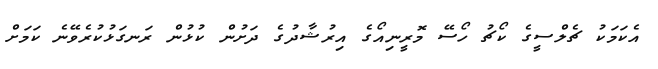
އެކަމަކު ޗެލްސީގެ ކޯޗު ހޯސޭ މޮރީނިއޯގެ އިރުޝާދުގެ ދަށުން ކުޅުން ރަނގަޅުކުރެވޭނެ ކަމަށް